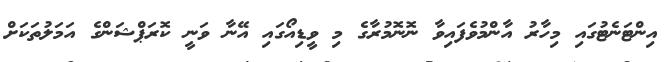
އިންޓަނެޓުގައި މިހާރު އާންމުވެފައިވާ ނޮނޮމުރާގެ މި ވީޑިއޯގައި އޭނާ ވަނީ ކޮރަޕްޝަންގެ އަމަލުތަކަށް